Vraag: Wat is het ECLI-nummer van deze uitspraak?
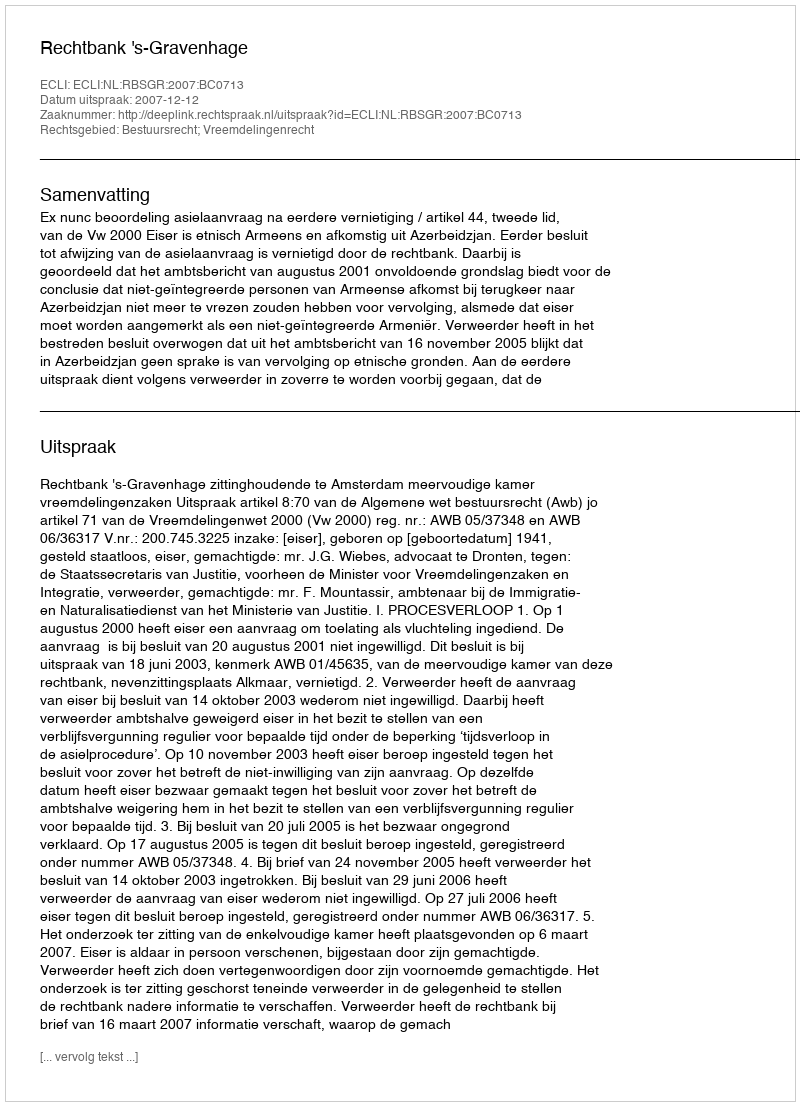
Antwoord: ECLI:NL:RBSGR:2007:BC0713